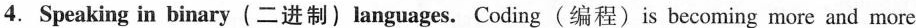
4.Speaking in binary(二进制)languages. Coding(编程)is becoming more and more